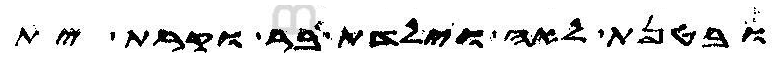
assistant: ובטנת לאה וילדת בר וקרת ית